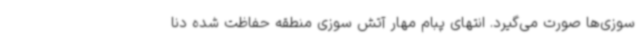
سوزی‌ها صورت می‌گیرد. انتهای پبام مهار آتش سوزی منطقه حفاظت شده دنا